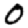
Digit: 0